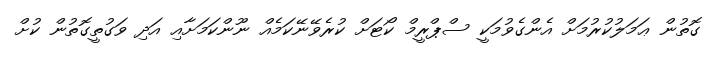
ގޮތުން ޢަމަލުކުރުމަށް އެންގެވުމަކީ ސްޕްރީމް ކޯޓަށް ކުރެވޭނޭކަމެއް ނޫންކަމަށާއި އަދި ވަގުތީގޮތުން ކުށް